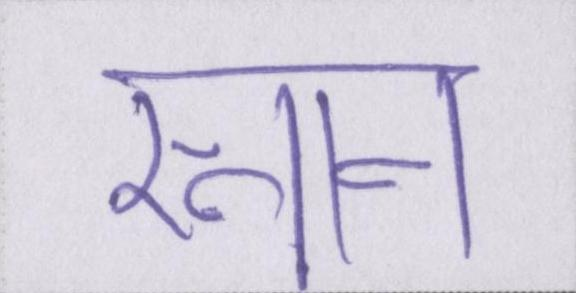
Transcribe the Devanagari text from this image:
स्नान